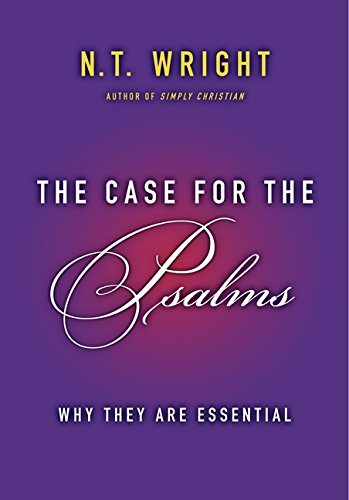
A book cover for The Case for the Psalms: Why They Are Essential; N. T. Wright; Christian Books & Bibles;